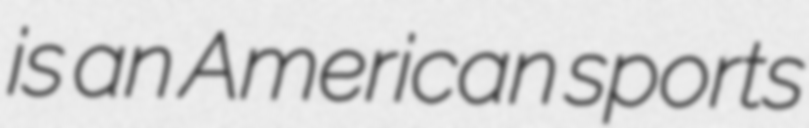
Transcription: is an American sports